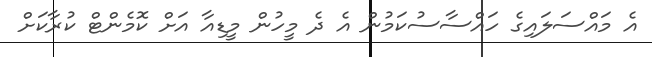
އެ މައްސަލައިގެ ހައްސާސުކަމުން އެ ދެ މީހުން މީޑިއާ އަށް ކޮމެންޓް ކުރާކަށް